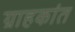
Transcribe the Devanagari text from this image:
ग्राहकांत